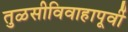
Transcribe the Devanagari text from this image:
तुळसीविवाहापूर्वी